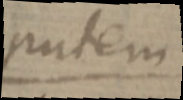
patem